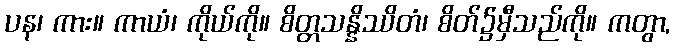
ပန၊ ကား။ ကာယံ၊ ကိုယ်ကို။ စိတ္တသန္နိဿိတံ၊ စိတ်၌မှီသည်ကို။ ကတွာ,